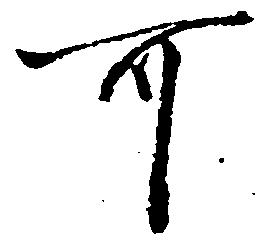
可